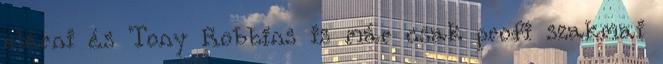
elérni és Tony Robbins is már csak profi szakmai